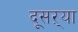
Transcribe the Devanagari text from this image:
दूसऱ्या